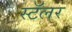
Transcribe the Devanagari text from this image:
स्टॅलर